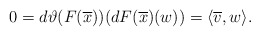
\begin{align*} 0=d\vartheta(F(\overline{x}))(dF(\overline{x})(w))=\langle\overline{v},w\rangle. \end{align*}